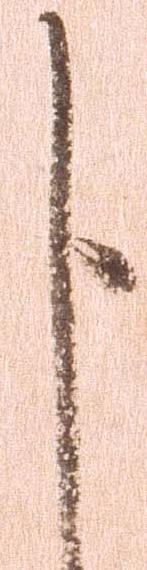
申